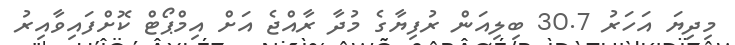
މިދިޔަ އަހަރު 30.7 ބިލިއަން ރުފިޔާގެ މުދާ ރާއްޖެ އަށް އިމްޕޯޓް ކޮށްފައިވާއިރު